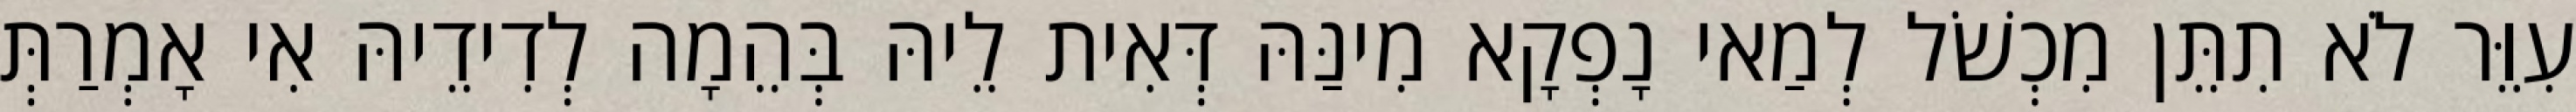
עִוֵּר לֹא תִתֵּן מִכְשֹׁל לְמַאי נָפְקָא מִינַּהּ דְּאִית לֵיהּ בְּהֵמָה לְדִידֵיהּ אִי אָמְרַתְּ